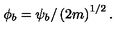
\phi _ { b } = \psi _ { b } / \left( 2 m \right) ^ { 1 / 2 } .